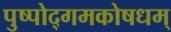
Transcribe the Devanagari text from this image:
पुष्पोद्गमकोषधम्